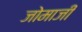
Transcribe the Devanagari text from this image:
जोमाजी